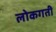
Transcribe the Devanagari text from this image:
लोकगती